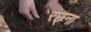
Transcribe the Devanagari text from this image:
रछ्ना